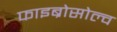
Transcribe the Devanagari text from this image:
फाइब्रोसोल्व